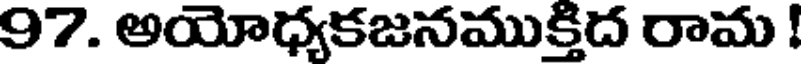
97. అయోధ్యకజనముక్తిద రామ !